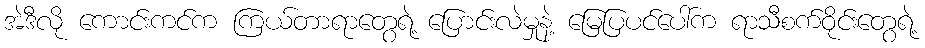
အဲဒီလို ကောင်းကင်က ကြယ်တာရာတွေရဲ့ ပြောင်းလဲမှုနဲ့ မြေပြပင်ပေါ်က ရာသီစက်ဝိုင်းတွေရဲ့